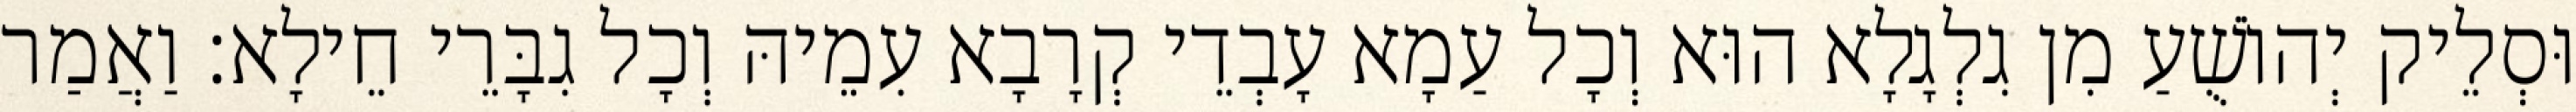
וּסְלֵיק יְהוֹשֻׁעַ מִן גִלְגָלָא הוּא וְכָל עַמָא עָבְדֵי קְרָבָא עִמֵיהּ וְכָל גִבָּרֵי חֵילָא׃ וַאֲמַר